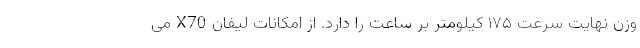
وزن نهایت سرعت ۱۷۵ کیلومتر بر ساعت را دارد. از امکانات لیفان X70 می